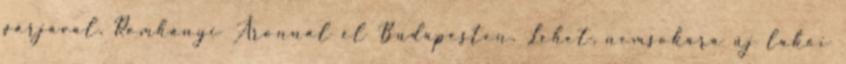
párjával, Romhányi Áronnal él Budapesten. Lehet, nemsokára új lakói